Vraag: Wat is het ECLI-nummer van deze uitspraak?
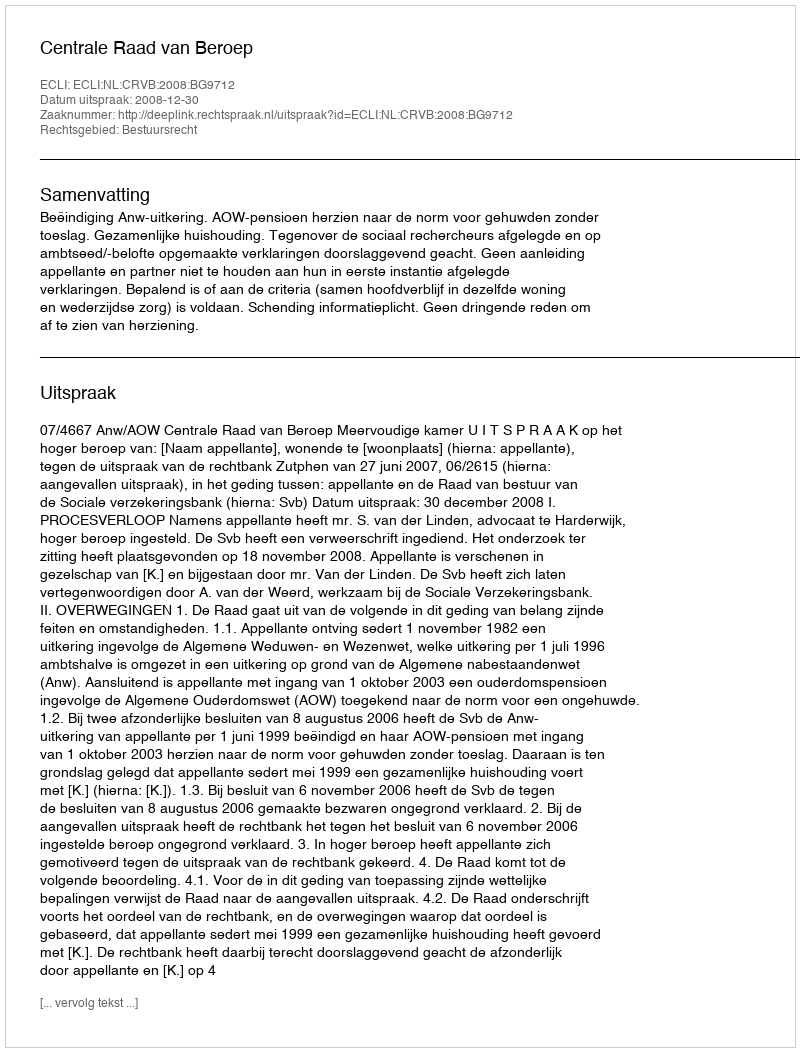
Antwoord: ECLI:NL:CRVB:2008:BG9712